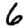
Digit: 6